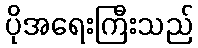
ပိုအရေးကြီးသည်